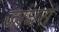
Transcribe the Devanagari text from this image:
जांघरा